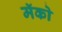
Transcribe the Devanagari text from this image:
मॅको